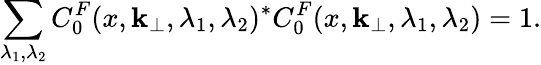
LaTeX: \sum_{\lambda_{1},\lambda_{2}}C_{0}^{F}(x,{\mathbf k}_{\perp},\lambda_{1},\lambda_{2})^{\ast}C_{0}^{F}(x,{\mathbf k}_{\perp},\lambda_{1},\lambda_{2})=1.